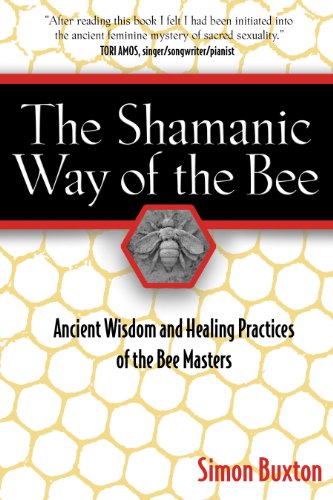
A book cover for The Shamanic Way of the Bee: Ancient Wisdom and Healing Practices of the Bee Masters; Simon Buxton; Religion & Spirituality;